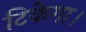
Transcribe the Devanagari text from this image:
टिकेगा।